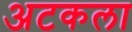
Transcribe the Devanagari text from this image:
अटकला